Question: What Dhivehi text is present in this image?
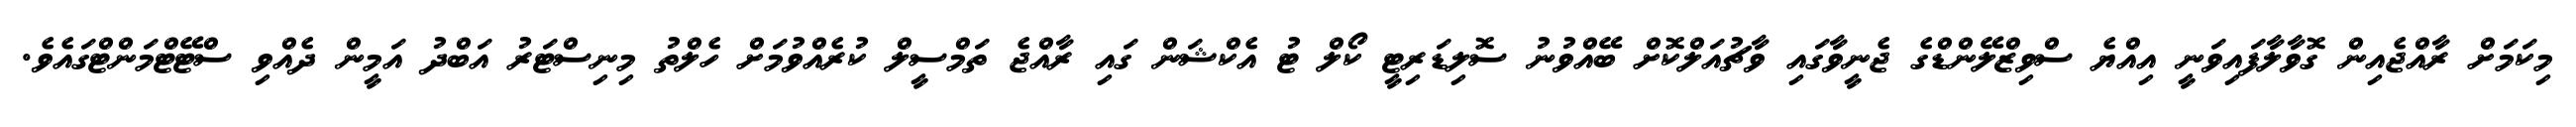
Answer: މިކަމަށް ރާއްޖެއިން ގޮވާލާފައިވަނީ އިއްޔެ ސްވިޒްލޭންޑްގެ ޖެނީވާގައި ވާޗުއަލްކޮށް ބޭއްވުނު ސޮލިޑަރިޓީ ކޯލް ޓު އެކްޝަން ގައި ރާއްޖެ ތަމްސީލް ކުރެއްވުމަށް ހެލްތު މިނިސްޓަރު އަބްދު އަމީން ދެއްވި ސްޓޭޓްމަންޓްގައެވެ.